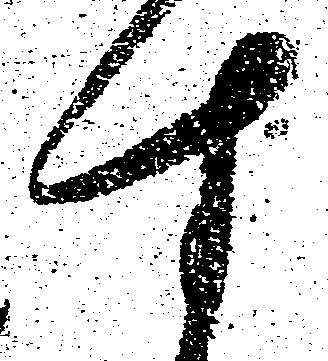
す